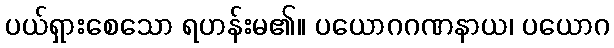
ပယ်ရှားစေသော ရဟန်းမ၏။ ပယောဂဂဏနာယ၊ ပယောဂ